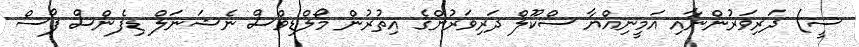
ސީ) ދަރިވަރުންނާއި އަމީނިއްޔާ ސްކޫލް ދަރިވަރުންގެ އިތުރުން މޯލްޑިވްސް ނެޝަނަލް ޑިފެންސް ފޯސް